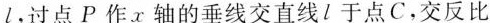
l，过点P作x轴的垂线交直线l于点C，交反比